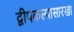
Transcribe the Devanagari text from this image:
द्वीपकल्पासारखा